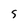
Character: S